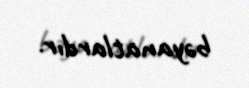
bəyanatlardır.